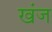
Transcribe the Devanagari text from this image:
खंज